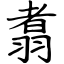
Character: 翥